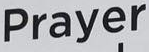
Prayer